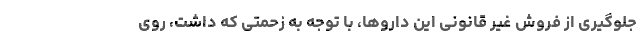
جلوگیری از فروش غیر قانونی این داروها، با توجه به زحمتی که داشت، روی